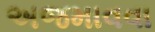
અજમાવવા